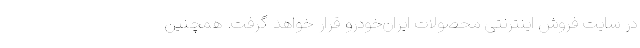
در سایت فروش اینترنتی محصولات ایران‌خودرو قرار خواهد گرفت. همچنین